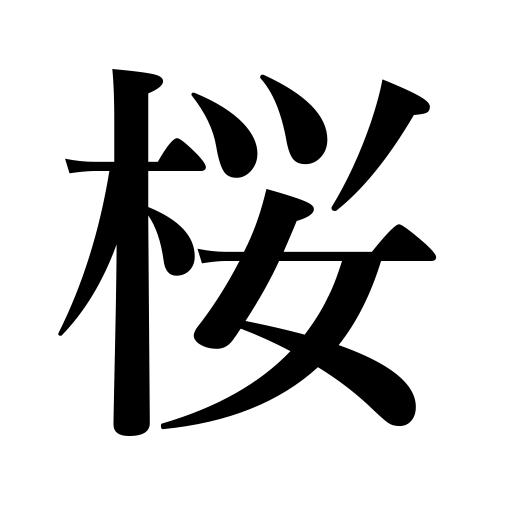
Meanings: pink color,flowering cherry,cherry blossoms,horse meat